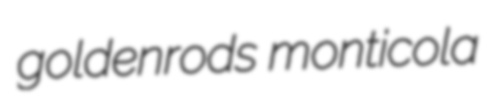
goldenrods monticola